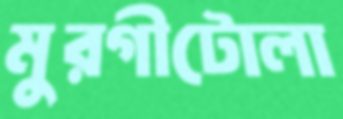
মুরগীটোলা